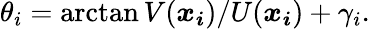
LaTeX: \theta_{i}=\arctan{V(\boldsymbol{x_{i}})/U(\boldsymbol{x_{i}})+\gamma_{i}}.